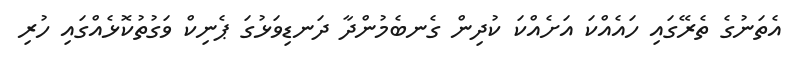
އެތަނުގެ ތެރޭގައި ހައެއްކަ އަށެއްކަ ކުދިން ގެނބެމުންދާ ދަނޑިވަޅުގަ ޕެނިކް ވަގުތުކޮޅެއްގައި ހުރި